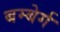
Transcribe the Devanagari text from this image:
बम्बेर्ग